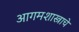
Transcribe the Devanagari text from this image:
आगमशास्त्राचे